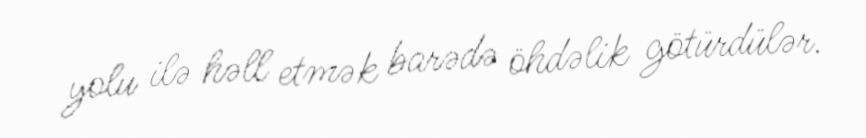
yolu ilə həll etmək barədə öhdəlik götürdülər.